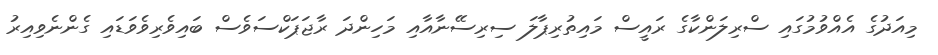
މިއަދުގެ އެއްވުމުގައި ސްރިލަންކާގެ ރައީސް މައިތުރިޕާލަ ސިރިސޭނާއާއި މަހިންދަ ރާޖަޕަކްސަވެސް ބައިވެރިވެވަޑައި ގެންނެވިއިރު